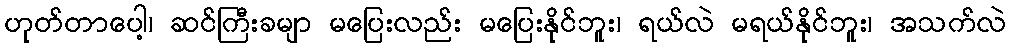
ဟုတ်တာပေါ့၊ ဆင်ကြီးခမျာ မပြေးလည်း မပြေးနိုင်ဘူး၊ ရယ်လဲ မရယ်နိုင်ဘူး၊ အသက်လဲ